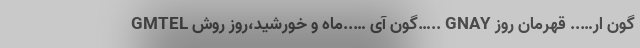
GMTEL گون آی …..ماه و خورشید،روز روش….. GNAY گون ار….. قهرمان روز